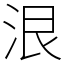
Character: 泿